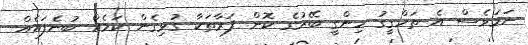
ނަމަވެސް އެ ތަހްގީގު ހިންގީ ބޭރުގެ ކޮން ފަރާތަކާ ގުޅިގެން ކަމެއް ބުނެފައެއް